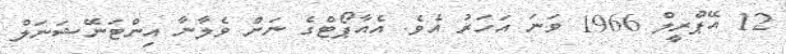
12 އޭޕްރީލް 1966 ވަނަ އަހަރު އެވެ. އެއާޕޯޓްގެ ނަން ވެލާނާ އިންޓަނޭޝަނަލް